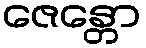
ဇေန္တော